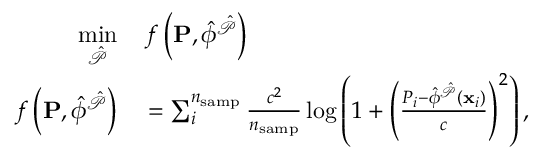
\begin{array} { r l } { \underset { \hat { \mathcal { P } } } { \mathrm { m i n } } } & { { } \, f \left( \mathbf { P } , \hat { \phi } ^ { \hat { \mathcal { P } } } \right) } \\ { f \left( \mathbf { P } , \hat { \phi } ^ { \hat { \mathcal { P } } } \right) } & { { } = \sum _ { i } ^ { n _ { \mathrm { s a m p } } } \frac { c ^ { 2 } } { n _ { \mathrm { s a m p } } } \log \left( 1 + \left( \frac { P _ { i } - \hat { \phi } ^ { \hat { \mathcal { P } } } \left( \mathbf { x } _ { i } \right) } { c } \right) ^ { 2 } \right) , } \end{array}